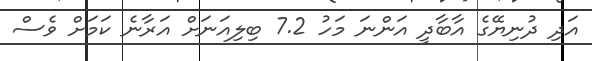
އަދި ދުނިޔޭގެ އާބާދީ އަންނަ މަހު 7.2 ބިލިއަނަށް އަރާނެ ކަމަށް ވެސް